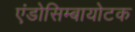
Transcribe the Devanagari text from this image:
एंडोसिम्बायोटक